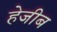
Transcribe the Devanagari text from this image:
हेजीब